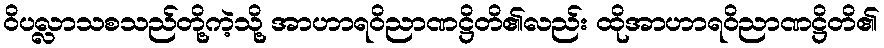
ဝိပလ္လာသစသည်တို့ကဲ့သို့ အာဟာရဝိညာဏဋ္ဌိတိ၏လည်း ထိုအာဟာရဝိညာဏဋ္ဌိတိ၏